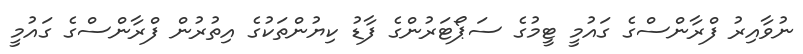
ނުވާއިރު ފްރާންސްގެ ގައުމީ ޓީމުގެ ސަޕޯޓަރުންގެ ފާޑު ކިޔުންތަކުގެ އިތުރުން ފްރާންސްގެ ގައުމީ